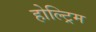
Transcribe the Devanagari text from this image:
होल्ट्रिम